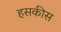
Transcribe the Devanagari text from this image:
हसकीस